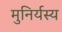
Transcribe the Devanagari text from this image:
मुनिर्यस्य